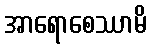
အာရောစေဿာမိ